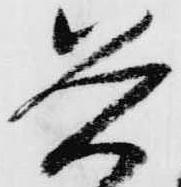
兵